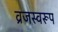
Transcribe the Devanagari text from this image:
व्रजस्वरूप